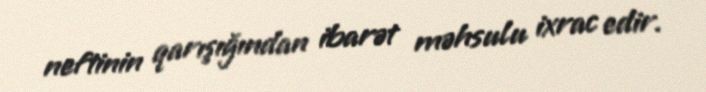
neftinin qarışığından ibarət məhsulu ixrac edir.